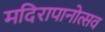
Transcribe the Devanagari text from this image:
मदिरापानोत्सव